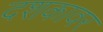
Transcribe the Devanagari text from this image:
दशकावर